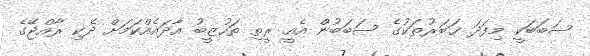
ސަބަބަކީ މިފަދަ ޚަބަރުތަކުގެ ސަބަބުން އެއީ ރީތި ތަހުޒީބު އާދައެއްކަމަށް ދެކި ރާއްޖޭގެ